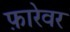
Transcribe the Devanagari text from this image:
फ़ारेवर